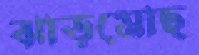
ঝাড়মোছ